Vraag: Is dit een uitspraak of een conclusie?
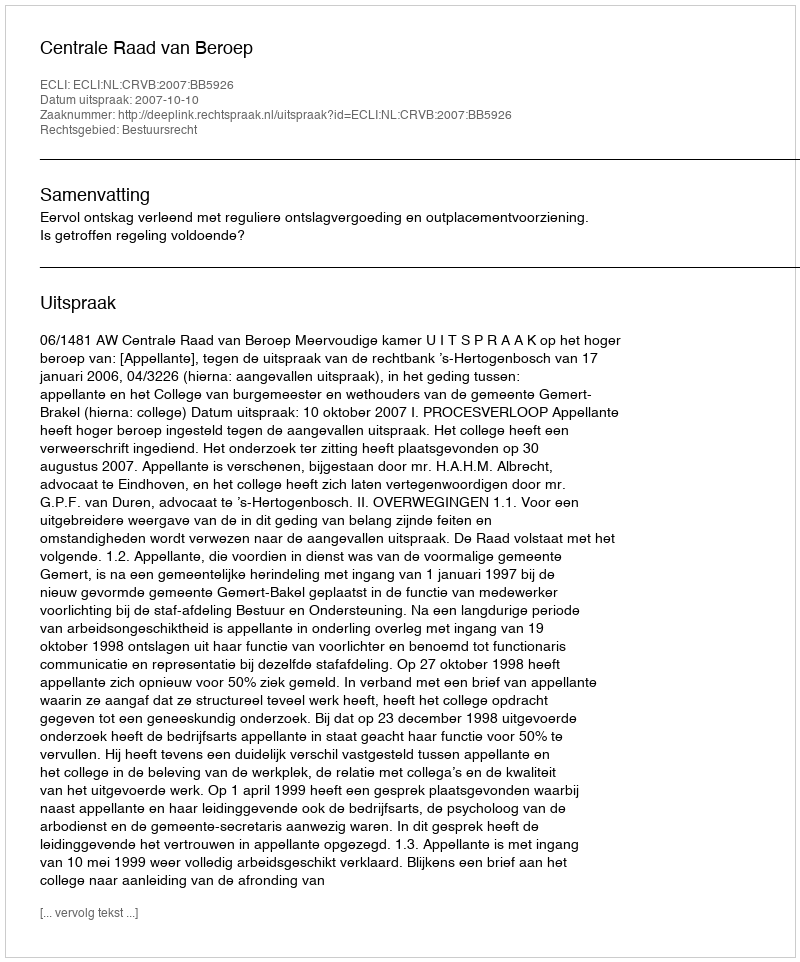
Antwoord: Uitspraak